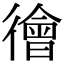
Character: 徻